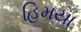
હિમયા